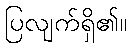
ပြလျက်ရှိ၏။